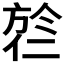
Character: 𬿎